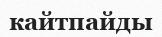
кайтпайды